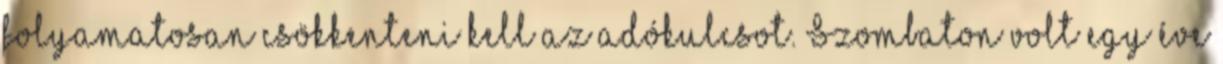
folyamatosan csökkenteni kell az adókulcsot. Szombaton volt egy éve